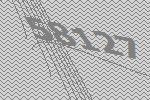
58127